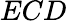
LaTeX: ECD